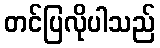
တင်ပြလိုပါသည်